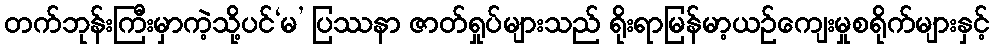
တက်ဘုန်းကြီးမှာကဲ့သို့ပင်‘မ’ ပြဿနာ ဇာတ်ရှုပ်များသည် ရိုးရာမြန်မာ့ယဉ်ကျေးမှုစရိုက်များနှင့်